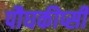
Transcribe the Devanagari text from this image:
पौघकीप्सी